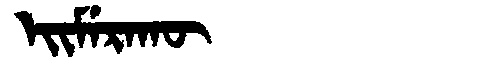
Manchu: ᡝᡳᠮᡝᡵᠠᡴᡡ
Romanization: EIMERAKŪ